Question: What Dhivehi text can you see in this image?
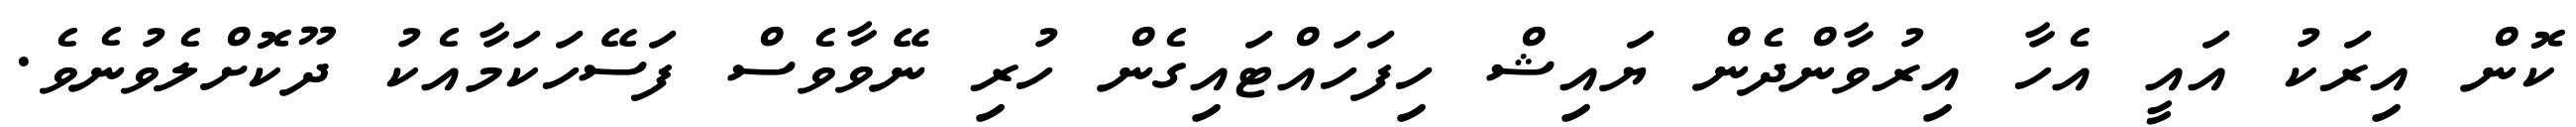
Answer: ކޮން އިރަކު އައީ އެހާ އިރުވާންދެން ޔައިޝް ހިފަހައްޓައިގެން ހުރި ނޭވާވެސް ފަސޭހަކަމާއެކު ދޫކޮށްލެވުނެވެ.